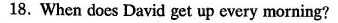
18.When does David get up every morning?